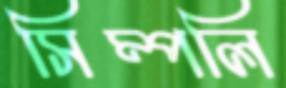
সিম্পলি